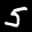
Label: 5